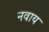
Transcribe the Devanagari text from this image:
नवाय